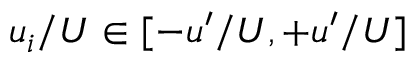
u _ { i } / U \in [ - u ^ { \prime } / U , + u ^ { \prime } / U ]